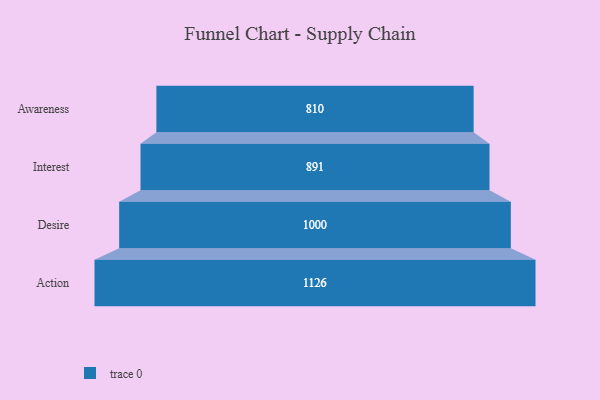
{"axis": {"x": "Stage", "y": "Value"}, "legend": [""], "data": [{"x": "Awareness", "y": 810.0, "type": ""}, {"x": "Interest", "y": 891.0, "type": ""}, {"x": "Desire", "y": 1000.0, "type": ""}, {"x": "Action", "y": 1126.0, "type": ""}]}